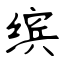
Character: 缤